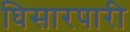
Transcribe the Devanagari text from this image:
घिसारपारी